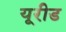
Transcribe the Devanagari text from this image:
यूरीड